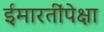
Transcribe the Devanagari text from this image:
ईमारतींपेक्षा